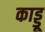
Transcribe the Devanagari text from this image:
काड्डू